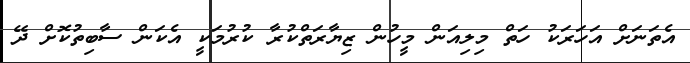
އެތަނަށް އަހަރަކު ހަތް މިލިއަން މީހުން ޒިޔާރަތްކުރާ ކުރުމަކީ އެކަން ސާބިތުކޮށް ދޭ